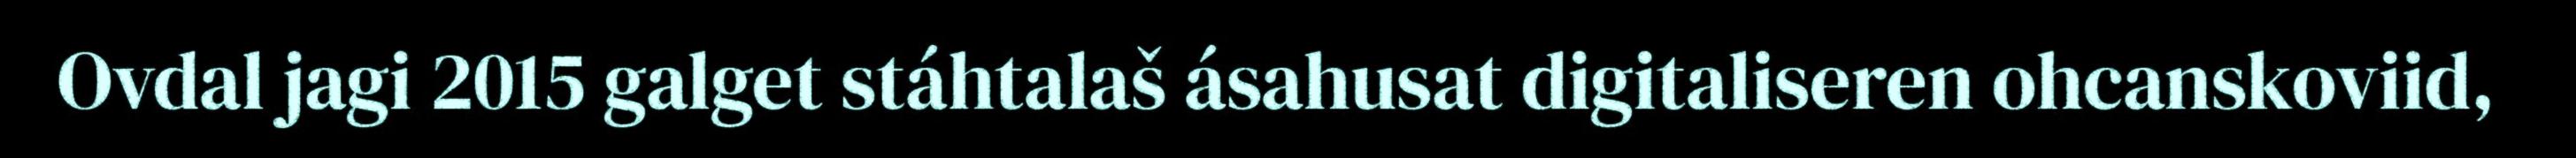
Ovdal jagi 2015 galget stáhtalaš ásahusat digitaliseren ohcanskoviid,